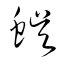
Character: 蜈